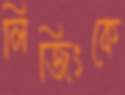
লিজিংকে